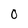
Character: O